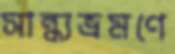
সান্ধ্যভ্রমণে